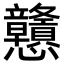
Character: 戇